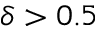
\delta > 0 . 5